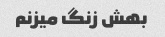
بهش زنگ میزنم